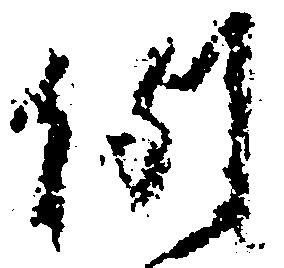
例